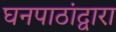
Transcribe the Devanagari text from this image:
घनपाठांद्वारा